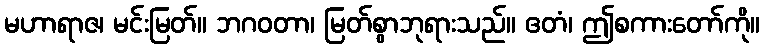
မဟာရာဇ၊ မင်းမြတ်။ ဘဂဝတာ၊ မြတ်စွာဘုရားသည်။ ဧတံ၊ ဤစကားတော်ကို။